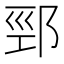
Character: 䣆